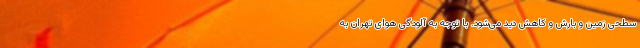
سطحی زمین و بارش و کاهش دید می‌شود. با توجه به آلودگی هوای تهران به